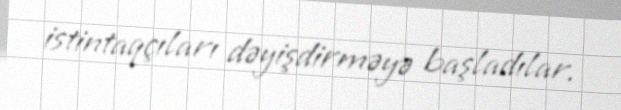
istintaqçıları dəyişdirməyə başladılar.